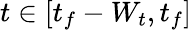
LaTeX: t\in[t_{f}-W_{t},t_{f}]